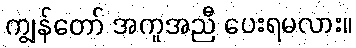
ကျွန်တော် အကူအညီ ပေးရမလား။